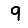
Digit: 9